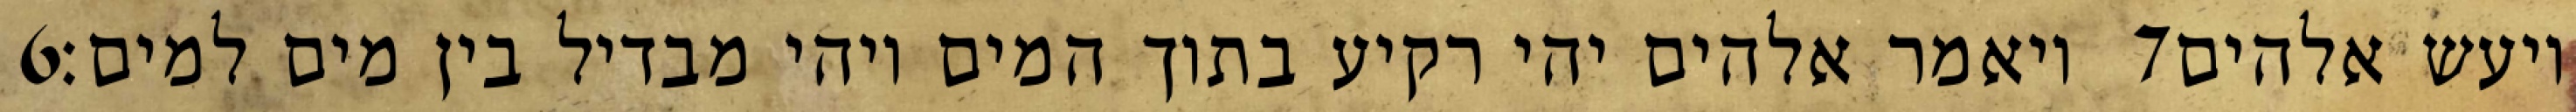
‎6‏ ויאמר אלהים יהי רקיע בתוך המים ויהי מבדיל בין מים למים׃ ‎7‏ ויעש אלהים